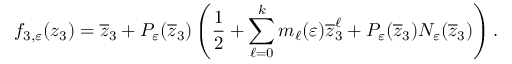
f _ { 3 , { \varepsilon } } ( z _ { 3 } ) = \overline { { z } } _ { 3 } + P _ { \varepsilon } ( \overline { { z } } _ { 3 } ) \left( \frac 1 2 + \sum _ { \ell = 0 } ^ { k } m _ { \ell } ( { \varepsilon } ) \overline { { z } } _ { 3 } ^ { \ell } + P _ { \varepsilon } ( \overline { { z } } _ { 3 } ) N _ { \varepsilon } ( \overline { { z } } _ { 3 } ) \right) .